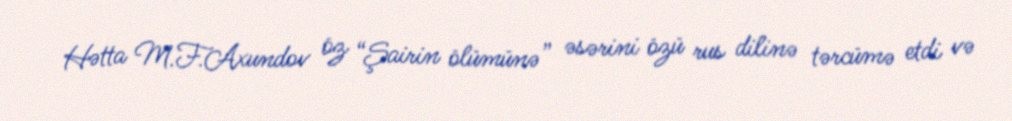
Hətta M.F.Axundov öz “Şairin ölümünə” əsərini özü rus dilinə tərcümə etdi və